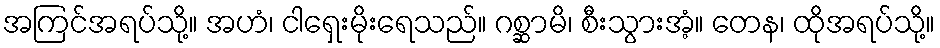
အကြင်အရပ်သို့။ အဟံ၊ ငါရှေးမိုးရေသည်။ ဂစ္ဆာမိ၊ စီးသွားအံ့။ တေန၊ ထိုအရပ်သို့။